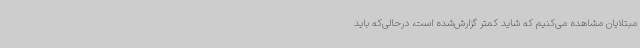
مبتلایان مشاهده می‌کنیم که شاید کمتر گزارش‌شده است، درحالی‌که باید